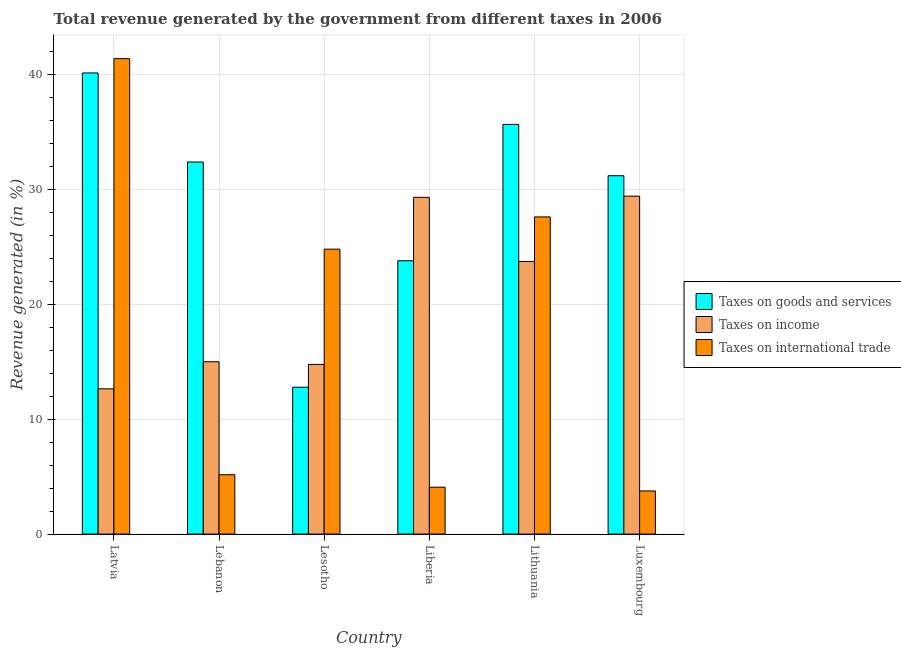
| Country | Taxes on goods and services | Taxes on income | Taxes on international trade |
 | --- | --- | --- | --- |
 | Latvia | 40.1 | 12.6 | 41.4 |
 | Lebanon | 32.4 | 15 | 5.16 |
 | Lesotho | 12.8 | 14.8 | 24.8 |
 | Liberia | 23.8 | 29.3 | 4.08 |
 | Lithuania | 35.6 | 23.7 | 27.6 |
 | Luxembourg | 31.2 | 29.4 | 3.75 |